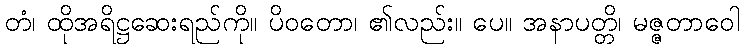
တံ၊ ထိုအရိဋ္ဌဆေးရည်ကို။ ပိဝတော၊ ၏လည်း။ ပေ။ အနာပတ္တိ၊ မဇ္ဇတာဝေါ